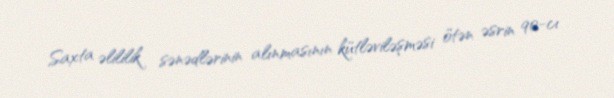
Saxta əlililik sənədlərinin alınmasının kütləviləşməsi ötən əsrin 90-cı